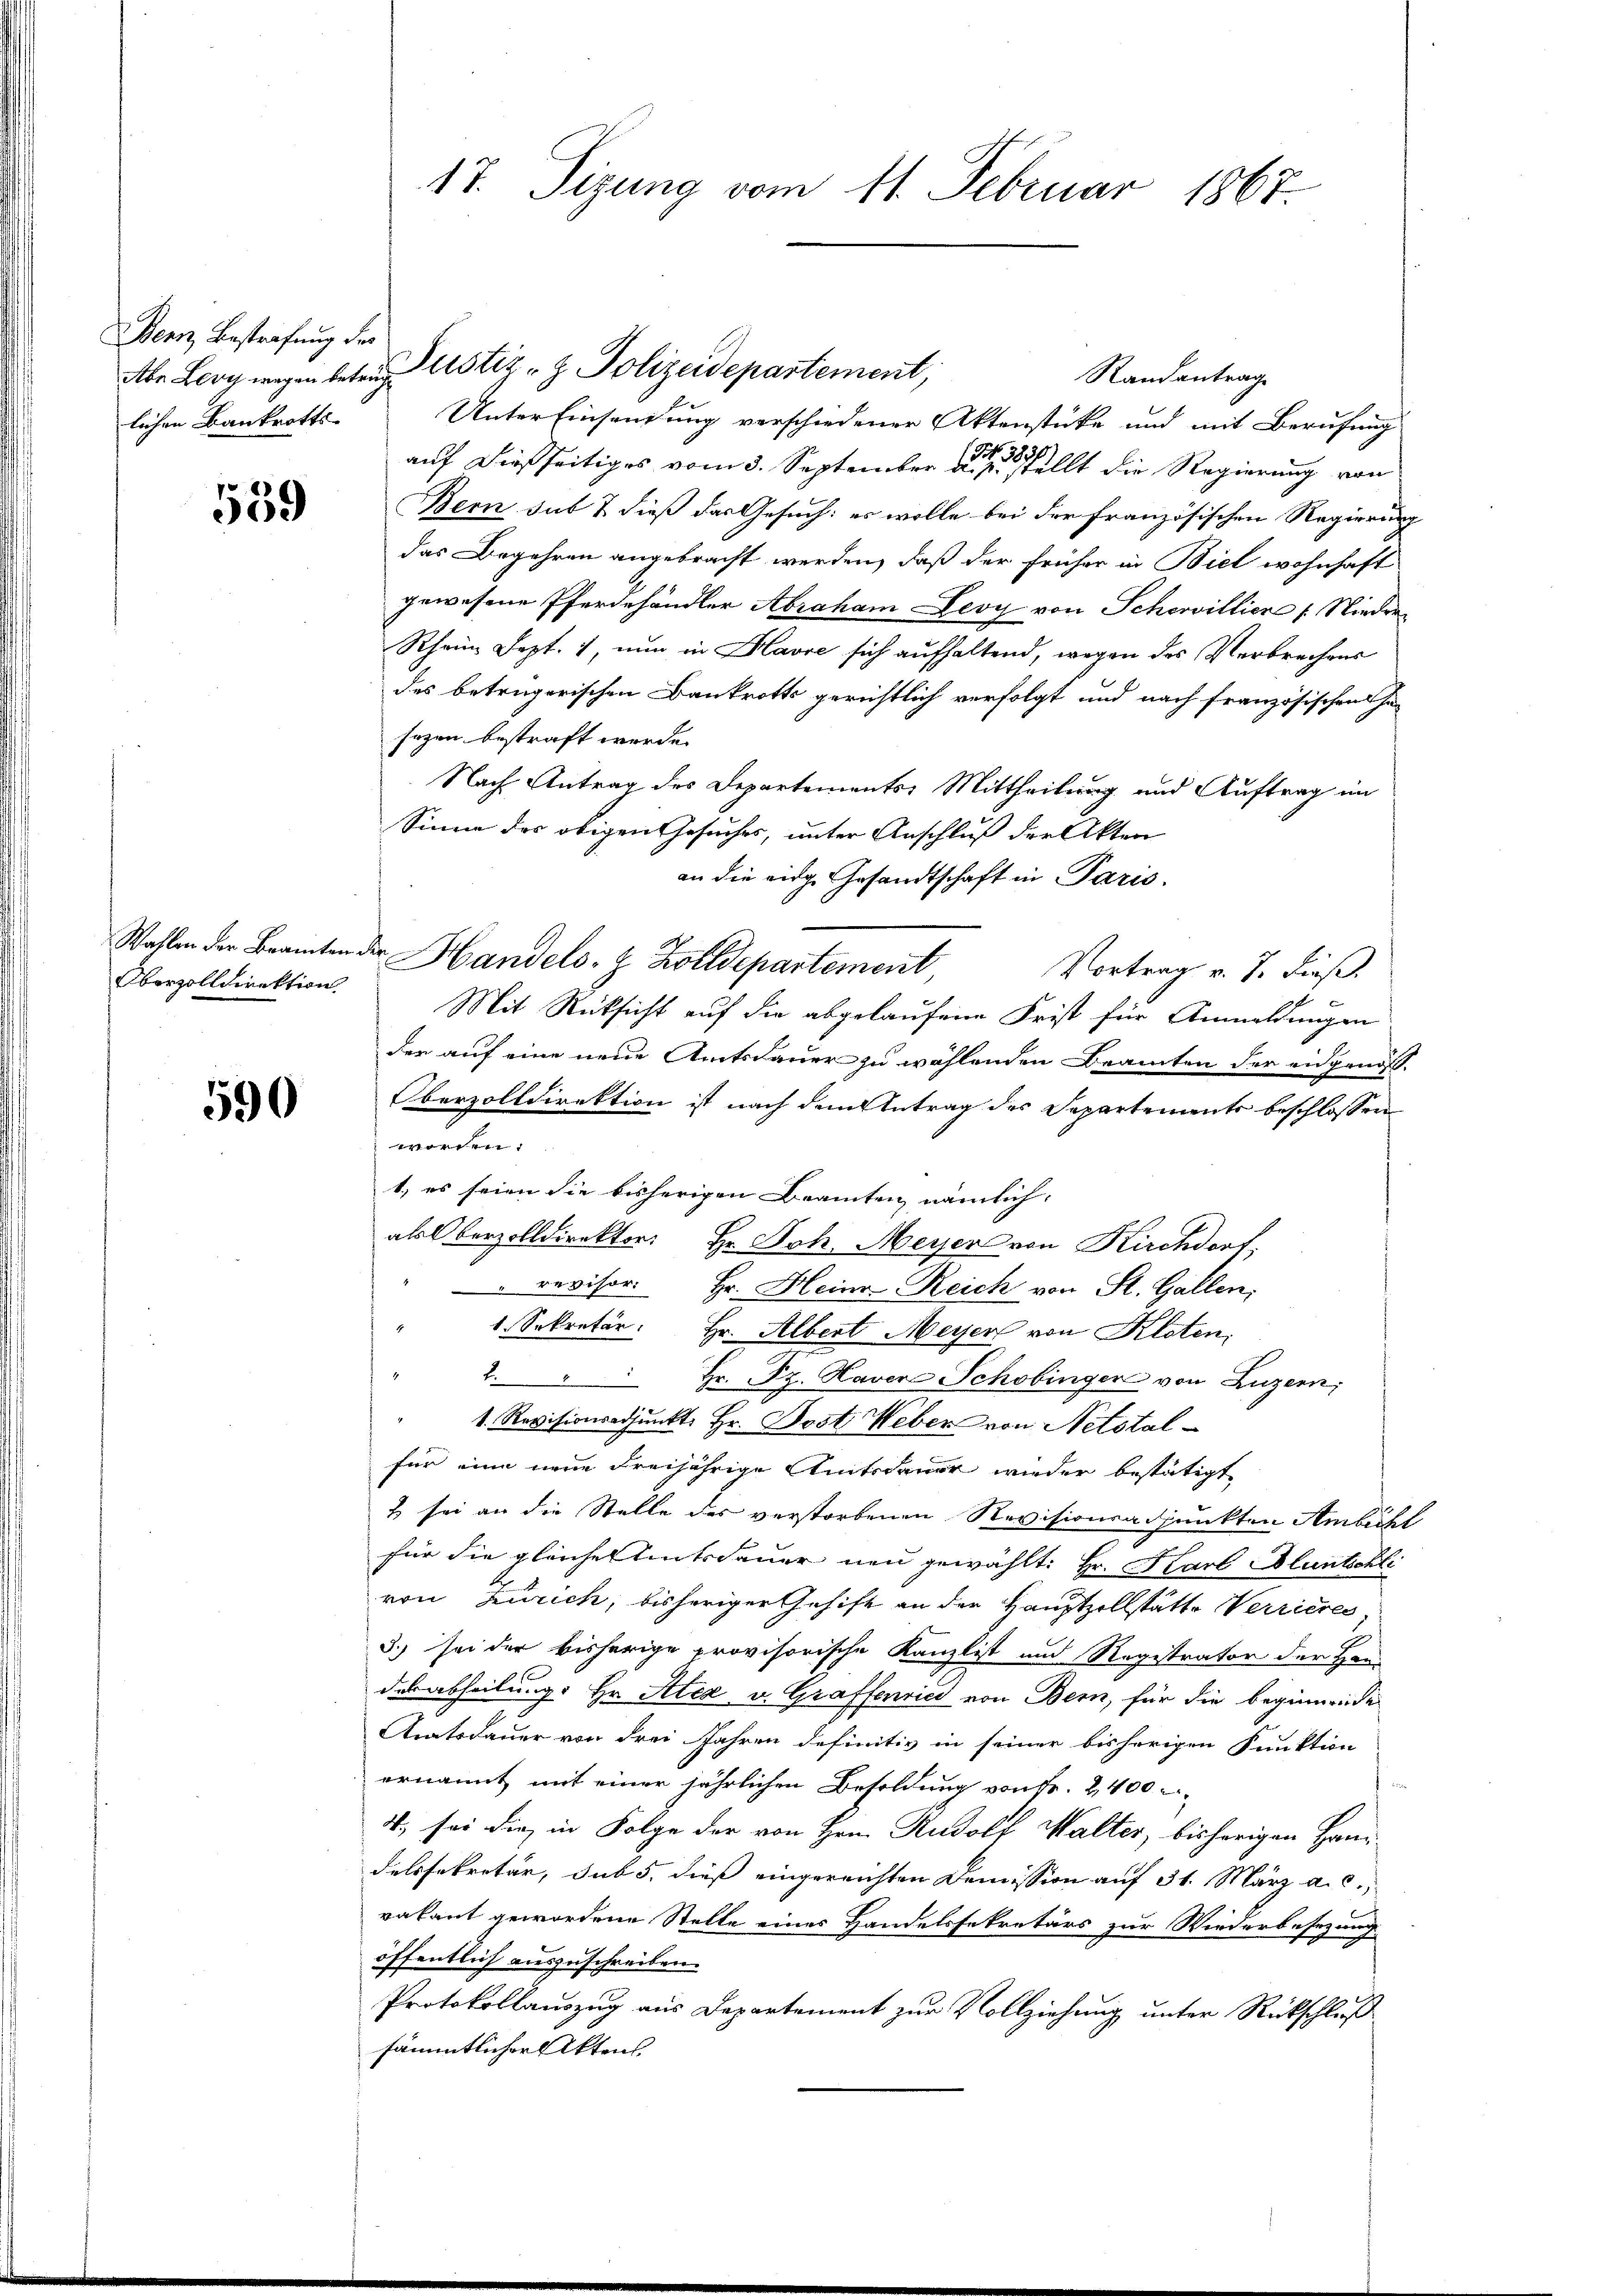
Bern Bestrafung des
lichen Bankrotts-

539

Oberzolldirektion

590

17. Sizung vom 11. Februar 1867

Unter Einsendung verschiedener Aktenstücke und mit Berufung
auf dießseitiges vom 3. September eine stellt die Regierung von
Bern sub 7 dieß das Gesuch: es wolle bei der französischen Regierung
das Begehren angebracht werden, daß der früher in Biel wohnhaft
gewesene Pferdehändler Abraham Levy von Schevilliere Nieder¬
Rhein Sept. 1, nun in Havre sich aufhaltend, wegen des Verbrechens
des betrügerischen Bankrotts gerichtlich verfolgt und nach französischen ha
sogen bestraft werde.
Nach Antrag des Departements Mittheilung und Auftrag im
Sinne des obigen Gesuches, unter Anschluß der Akten
an die eige Gesandtschaft in Paris.
Wahlen der Beamten der Handels- & Zolldepartement
Vortrag v. 7. dieß.
x
Mit Rücksicht auf die abgelaufene Frist für Anmeldungen
der auf eine neue Amtsdauer zu wählenden Beamten der eidgenöß¬
Oberzolldirektion ist nach dem Antrag des Separtements beschlossen
worden.
1) es seien die bisherigen Beamten nämlich
als Oberzolldirektor Hr. Joh. Meyer von Kirchdorf.
 revisor Hr. Hein-Reich von St. Gallen,
1. Sekretär: Hr. Albert Meyer von Kloten,
2. " " Hr. Pz. Haver Schobinger von Luzern,
" 1. Revisionsadjunkt Hr. Dost. Weber von Netstalfür eine neue Freijährige Amtsdauer wieder bestätigt
2 sei an die Stelle des verstorbenen Revisionsadpunkten Ambichl
für die gleiches Eintsdauer neu gewählt: Hr. Karl Bluntschle
von Zürich, bisheriger Gehift an der Hauptzollstätte Werrieres
3.) sei der bisherige provisorische Kanzlist und Registrator der Han-
desabheilung. Hr. Alex v. Graffenried von Bern, für die beginnende
Amtsdauer von drei Jahren definitiv in seiner bisherigen Funktion
ernannt mit einer jährlichen Besoldung von Fr. 2400
4., sei die in Folge der von Hrn. Rudolf Walter, bisherigen Hand-
delssekretär, sub 5. dieß eingereichten Demission auf 31. März a. c.,
vakant gewordene Stelle eines Handelssekretärs zur Wiederbesezung
öffentlich auszuschreiben.
Protokollauszug aus Departement zur Vollziehung unter Rückschluß
sämmtlicher Akten.

Aber Leog wegen betrus ustiz - Z. Polizeidepartement,

Randantrag